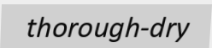
thorough-dry